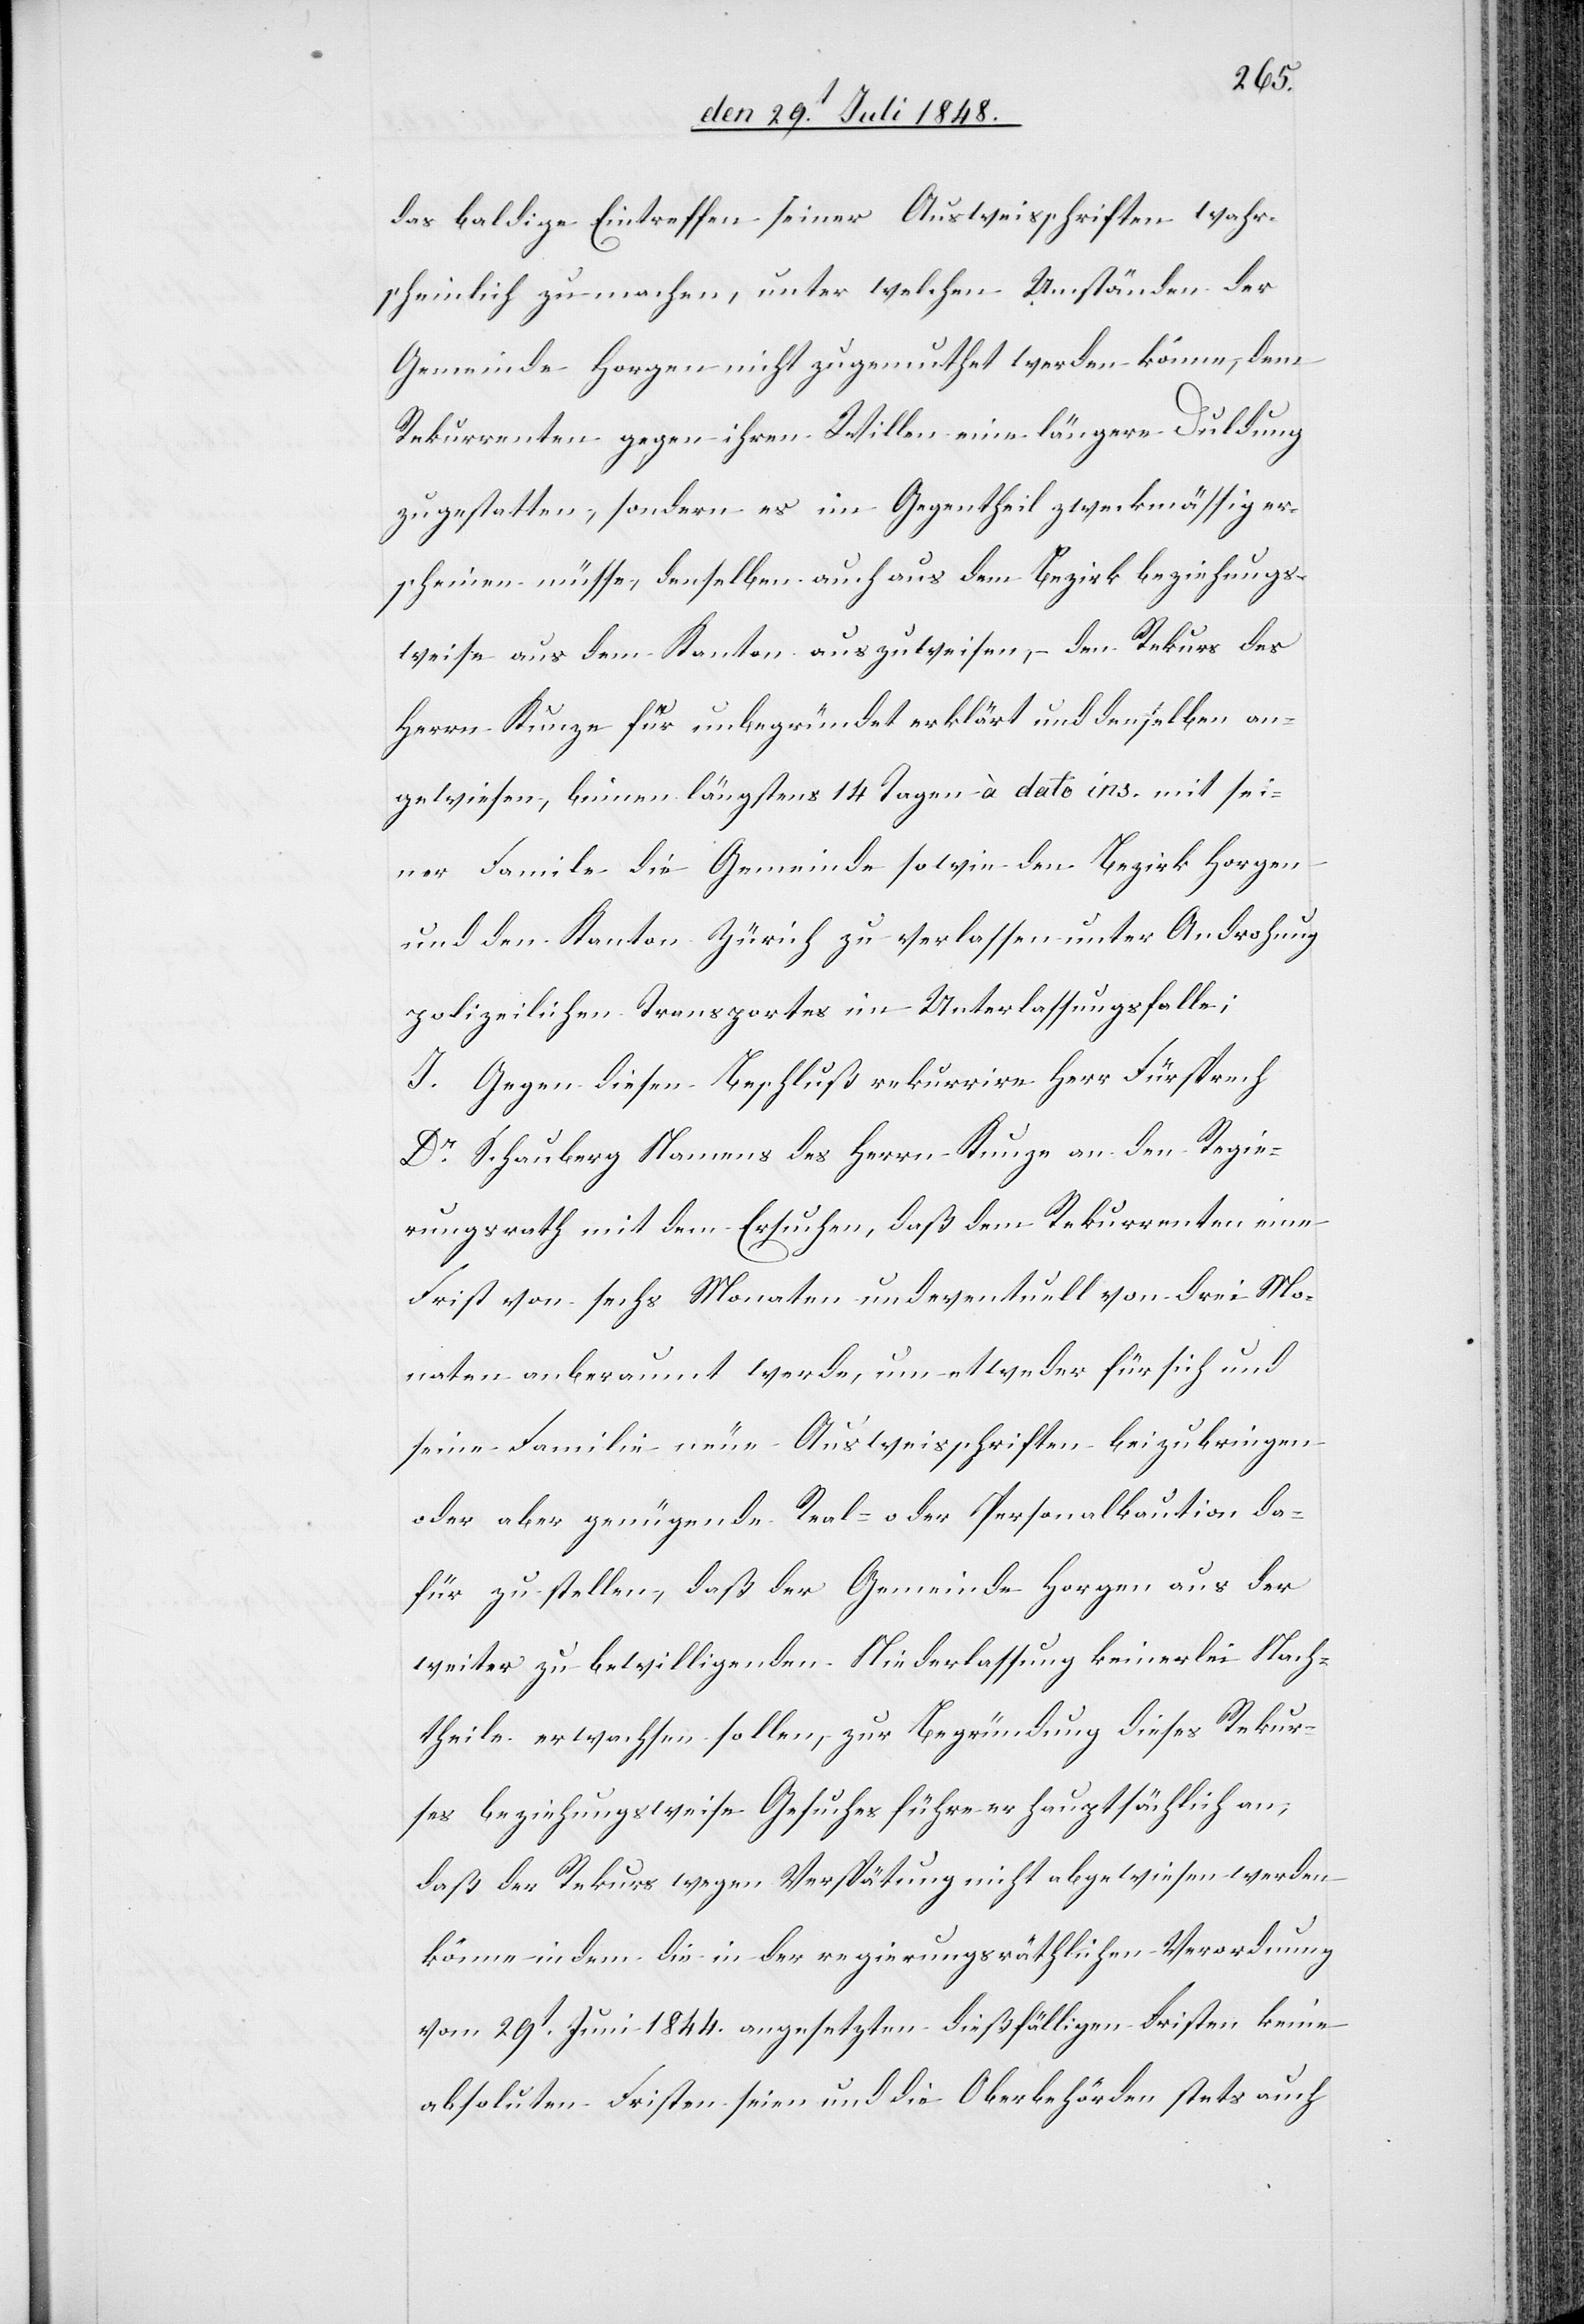
das baldige Eintreffen seiner Ausweisschriften wahr¬
scheinlich zu machen, unter welchen Umständen der
Gemeinde Horgen nicht zugemuthet werden könne, dem
Rekurrenten gegen ihren Willen eine längere Duldung
zu gestatten, sondern es im Gegentheil zweckmäßig er¬
scheinen müsse, denselben auch aus dem Bezirk beziehungs¬
weise aus dem Kanton auszuweisen, den Rekurs des
Herrn Kunze für unbegründet erklärt und denselben an¬
gewiesen, binnen längstens 14 Tagen à dato ins. mit sei¬
ner Familie die Gemeinde sowie den Bezirk Horgen
und den Kanton Zürich zu verlassen unter Androhung
polizeilichen Transportes im Unterlassungsfalle;
I. Gegen diesen Beschluß rekurrire Herr Fürsprech
Dr Schauberg Namens des Herrn Kunze an den Regie¬
rungsrath mit dem Ersuchen, daß dem Rekurrenten eine
Frist von sechs Monaten und eventuell von drei Mo¬
naten anberaumt werde, um etweder für sich und
seine Familie neue Ausweisschriften beizubringen
oder aber genügende Real- oder Personalkaution da¬
für zu stellen, daß der Gemeinde Horgen aus der
weiter zu bewilligenden Niederlassung keinerlei Nach¬
theile erwachsen sollen, zur Begründung dieses Rekur¬
ses beziehungsweise Gesuches führe er hauptsächlich an,
daß der Rekurs wegen Verspätung nicht abgewiesen werden
könne in dem die in der regierungsräthlichen Verordnung
vom 29t Juni 1844. angesetzten dießfälligen Fristen keine
absoluten Fristen seien und die Oberbehörden stets auch